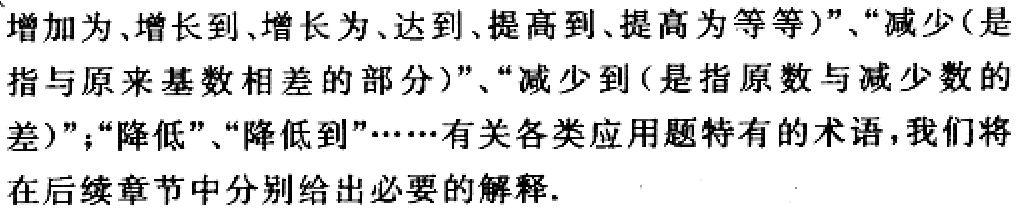
增加为、增长到、增长为、达到、提高到、提高为等等）”、“减少（是指与原来基数相差的部分）”、“减少到（是指原数与减少数的差）”；“降低”、“降低到”……有关各类应用题特有的术语，我们将在后续章节中分别给出必要的解释.